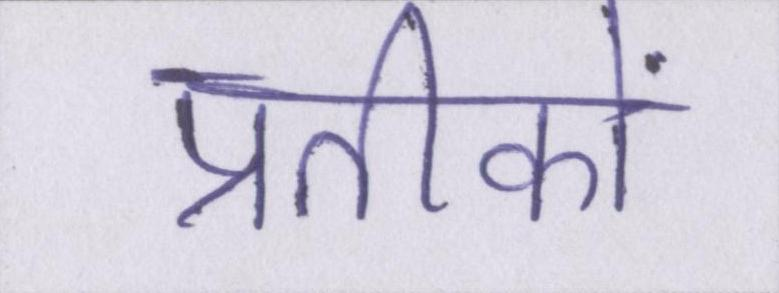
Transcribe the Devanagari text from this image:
प्रतीकों